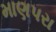
માણપરા